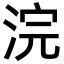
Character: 浣